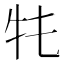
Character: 𤘛